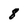
Character: 8